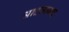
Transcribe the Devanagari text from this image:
आदमाबाद